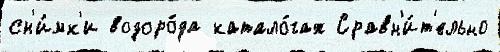
сн'и́мк'и водоро́да катало́гах Сравн'и́т'ельно